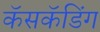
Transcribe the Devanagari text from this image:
कॅसकॅडिंग